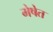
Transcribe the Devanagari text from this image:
मेषेत